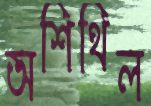
অশিথিল